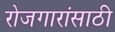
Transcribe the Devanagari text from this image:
रोजगारांसाठी